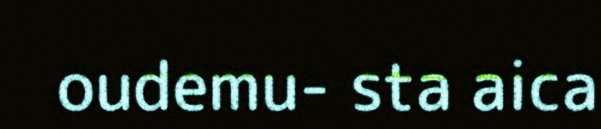
oudemu- sta aica